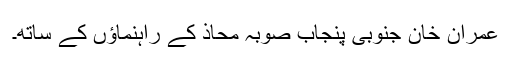
عمران خان جنوبی پنجاب صوبہ محاذ کے راہنماؤں کے ساتھ۔